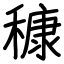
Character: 穅